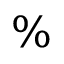
\%